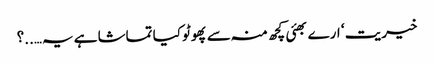
خیریت ‘ ارے بھئی کچھ منہ سے پھوٹو کیا تماشا ہے یہ…..؟